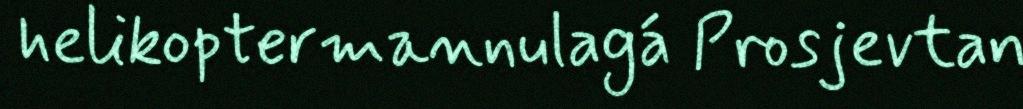
helikoptermannulagá Prosjevtan